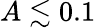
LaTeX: A\lesssim 0.1